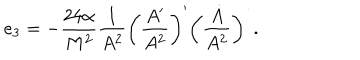
e _ { 3 } = - \frac { 2 4 \alpha } { M ^ { 2 } } \frac { 1 } { A ^ { 2 } } \bigg ( \frac { A ^ { \prime } } { A ^ { 2 } } \bigg ) ^ { \prime } \bigg ( \frac { \dot { A } } { A ^ { 2 } } \bigg ) ^ { \dot { \ } } .